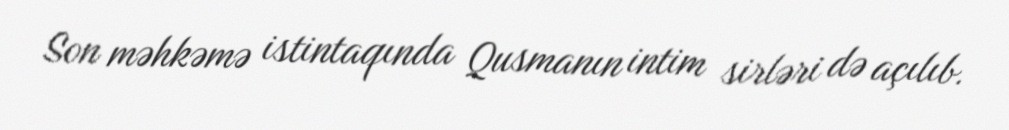
Son məhkəmə istintaqında Qusmanın intim sirləri də açılıb.